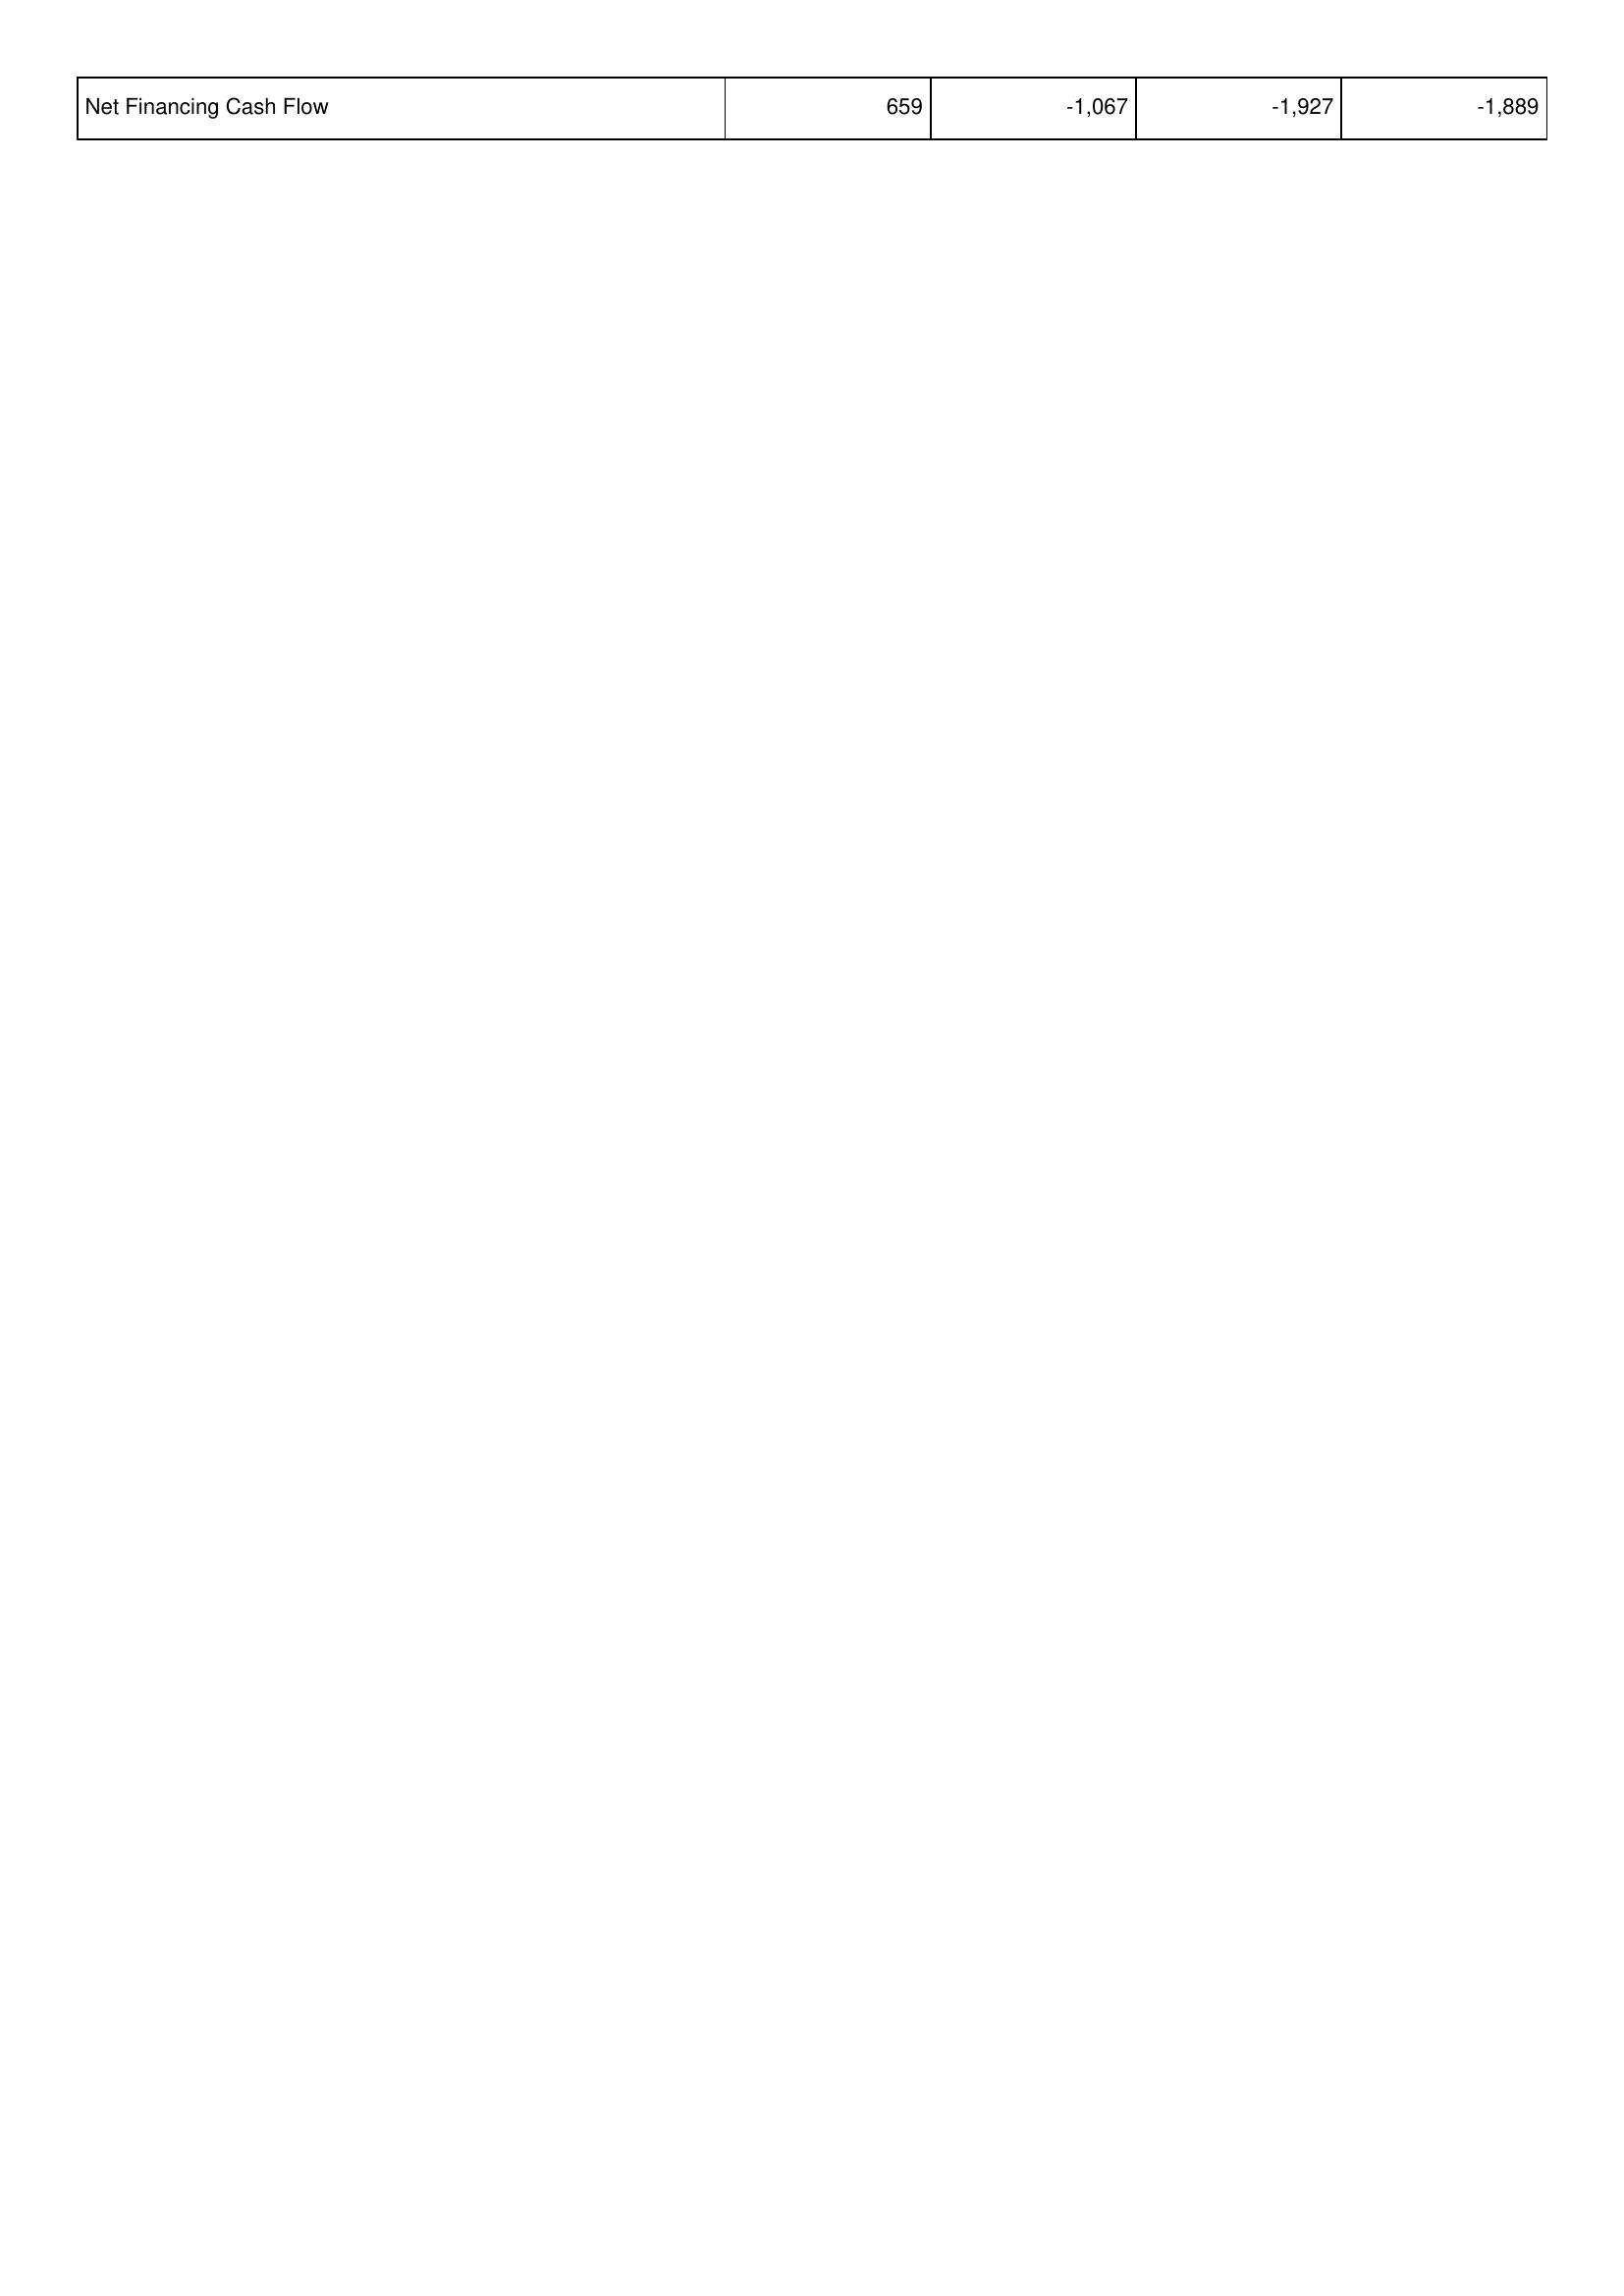
2021: Financing Activities: Net Financing Cash Flow: 659
2022: Financing Activities: Net Financing Cash Flow: -1,067
2023: Financing Activities: Net Financing Cash Flow: -1,927
2024: Financing Activities: Net Financing Cash Flow: -1,889